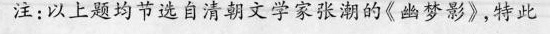
注：以上题均节选自清朝文学家张潮的\ll幽梦影 \gg ，特此